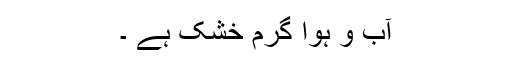
آب و ہوا گرم خشک ہے ۔